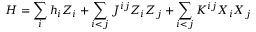
H = \sum _ { i } h _ { i } Z _ { i } + \sum _ { i < j } J ^ { i j } Z _ { i } Z _ { j } + \sum _ { i < j } K ^ { i j } X _ { i } X _ { j }